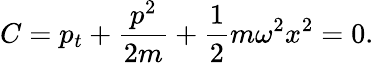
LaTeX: C=p_{t}+{\frac{p^{2}}{2m}}+{\frac{1}{2}}m\omega^{2}x^{2}=0.